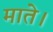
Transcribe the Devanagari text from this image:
माते।